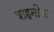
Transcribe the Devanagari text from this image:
बाहनौफ